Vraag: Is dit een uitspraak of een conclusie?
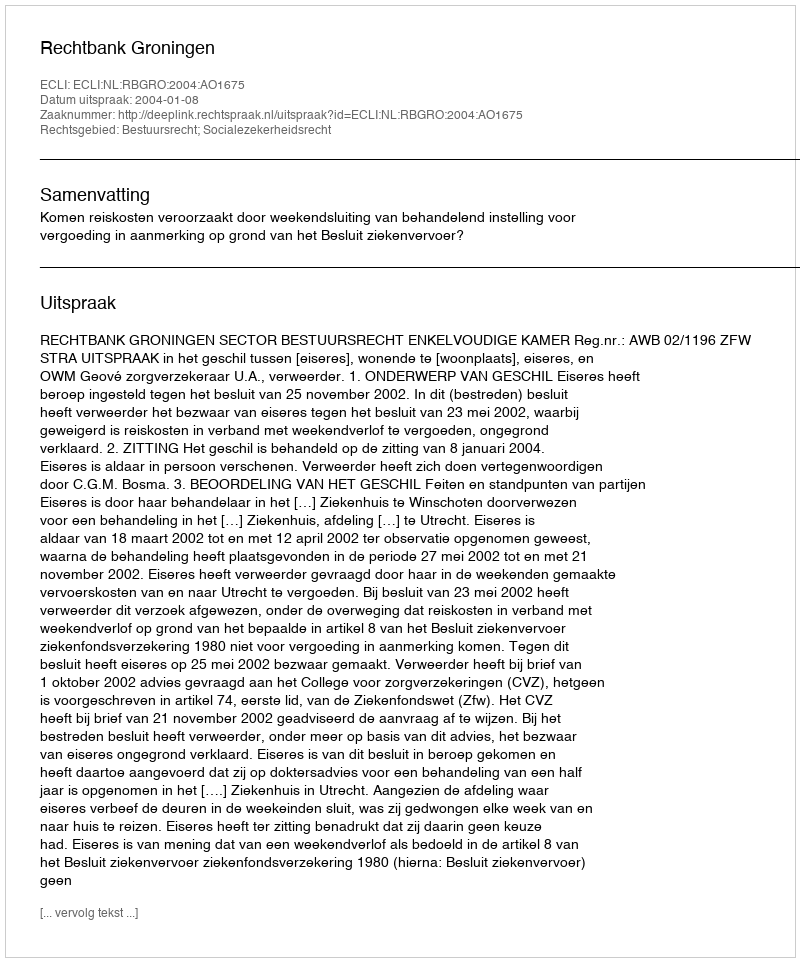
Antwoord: Uitspraak